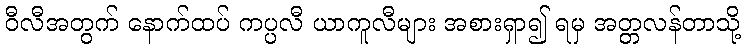
ဝီလီအတွက် နောက်ထပ် ကပ္ပလီ ယာကူလီများ အစားရှာ၍ ရမှ အတ္တလန်တာသို့